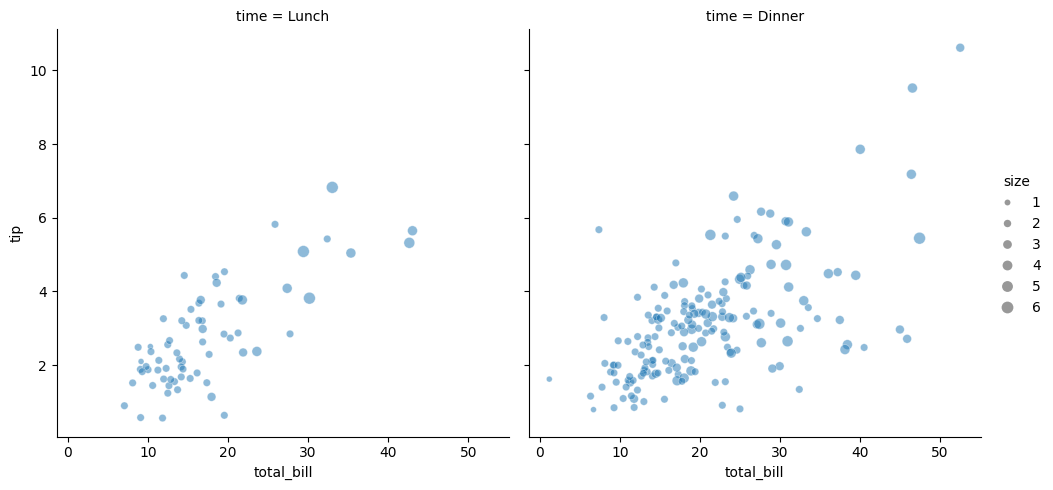
python, seaborn, relplot, alpha=0.5